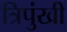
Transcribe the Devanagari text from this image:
त्रिपुंखी